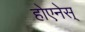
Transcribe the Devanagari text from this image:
होएनेस्